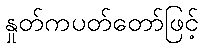
နှုတ်ကပတ်တော်ဖြင့်